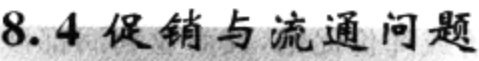
8.4 促销与流通问题